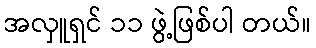
အလှူရှင် ၁၁ ဖွဲ့ဖြစ်ပါ တယ်။